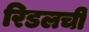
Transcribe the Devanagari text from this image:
रिडलची